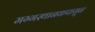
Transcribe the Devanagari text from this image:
मग्गस्थानकपासून